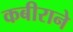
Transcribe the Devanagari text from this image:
कबीराने